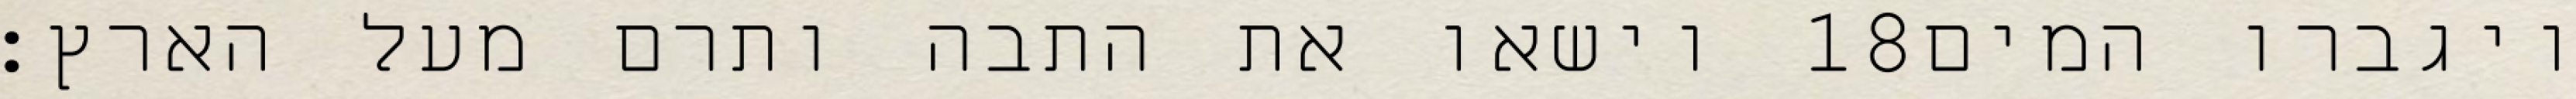
וישאו את התבה ותרם מעל הארץ׃ ‎18‏ ויגברו המים